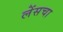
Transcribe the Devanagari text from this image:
लेंसचा